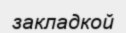
закладкой